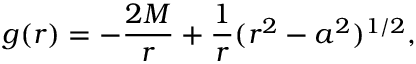
g ( r ) = - { \frac { 2 M } { r } } + { \frac { 1 } { r } } ( r ^ { 2 } - a ^ { 2 } ) ^ { 1 / 2 } ,